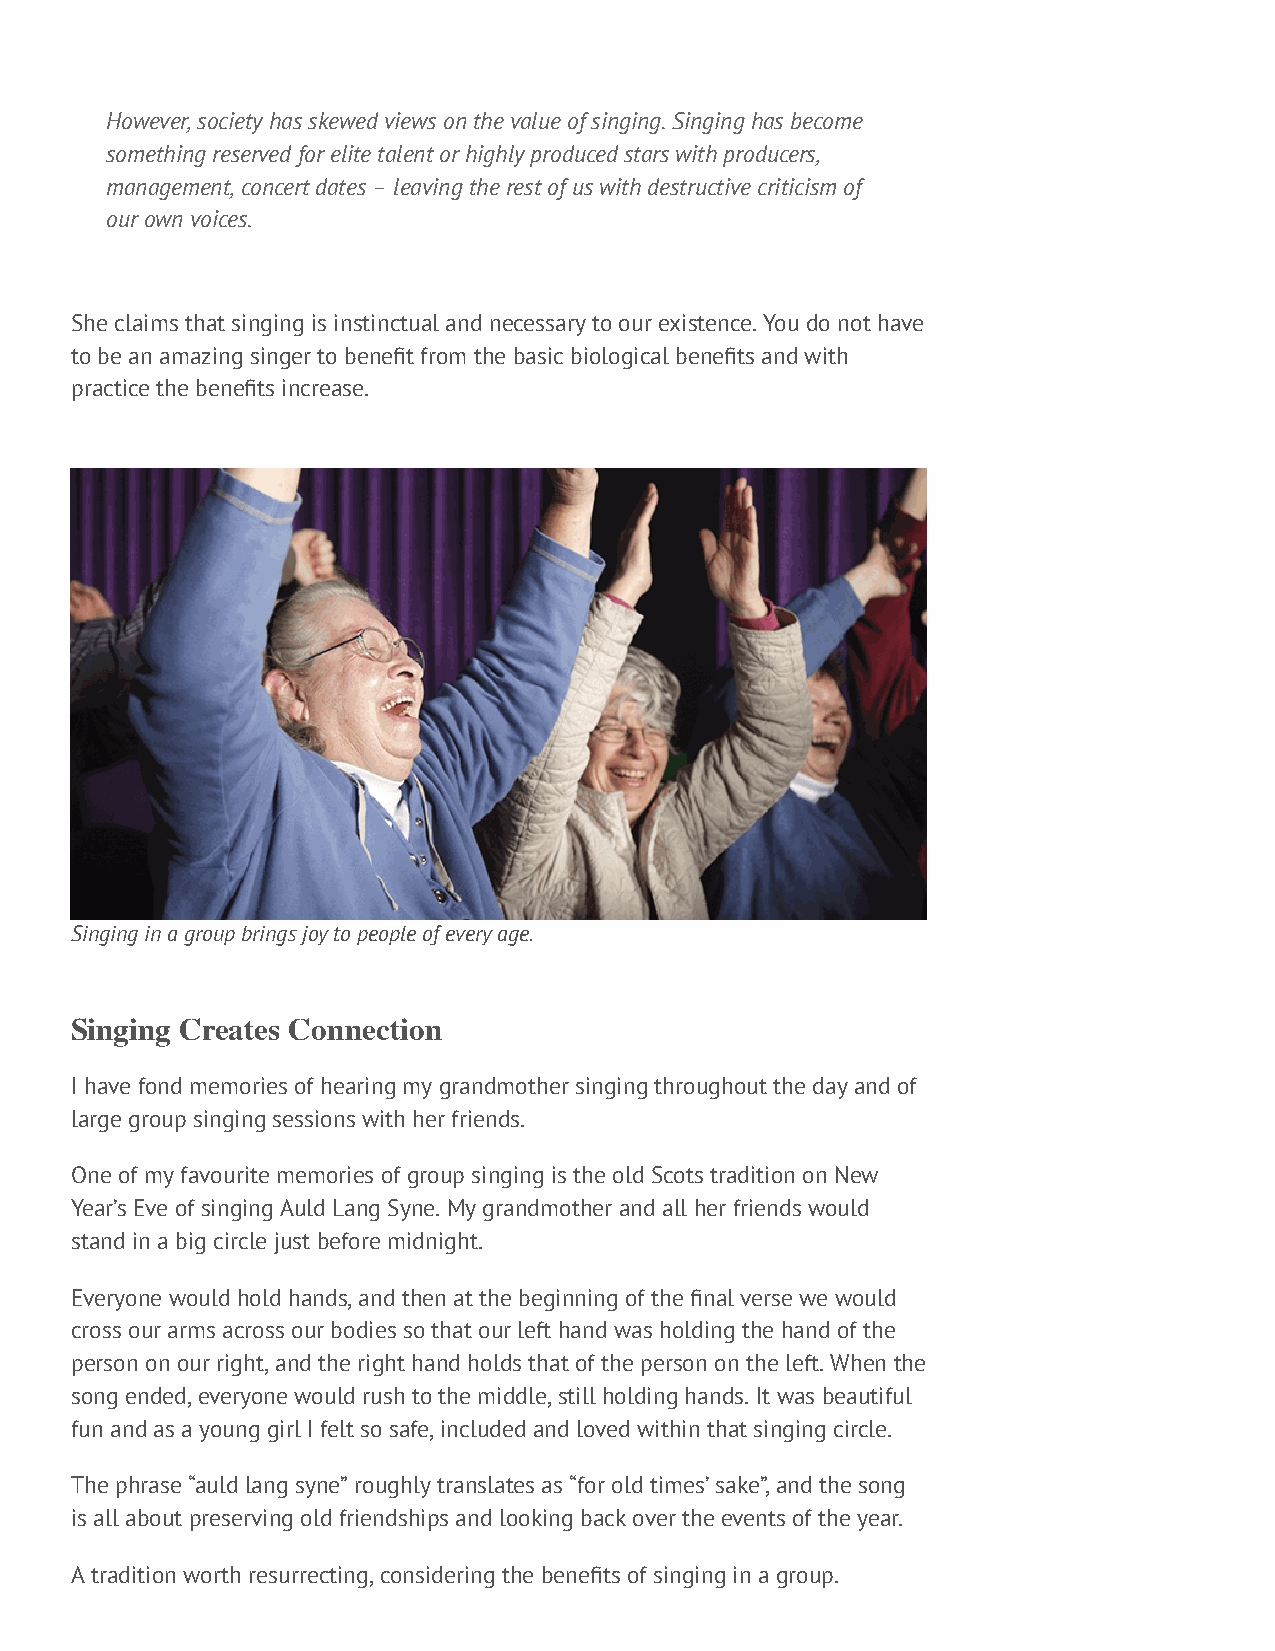
However, society has skewed views on the value of singing. Singing has become
 something reserved for elite talent or highly produced stars with producers,
 management, concert dates – leaving the rest of us with destructive criticism of
 our own voices.
 She claims that singing is instinctual and necessary to our existence. You do not have
 to be an amazing singer to benefit from the basic biological benefits and with
 practice the benefits increase.
 Singing in a group brings joy to people of every age.
 Singing Creates Connection
 I have fond memories of hearing my grandmother singing throughout the day and of
 large group singing sessions with her friends.
 One of my favourite memories of group singing is the old Scots tradition on New
 Year’s Eve of singing Auld Lang Syne. My grandmother and all her friends would
 stand in a big circle just before midnight.
 Everyone would hold hands, and then at the beginning of the final verse we would
 cross our arms across our bodies so that our left hand was holding the hand of the
 person on our right, and the right hand holds that of the person on the left. When the
 song ended, everyone would rush to the middle, still holding hands. It was beautiful
 fun and as a young girl I felt so safe, included and loved within that singing circle.
 The phrase “auld lang syne” roughly translates as “for old times’ sake”, and the song
 is all about preserving old friendships and looking back over the events of the year.
 A tradition worth resurrecting, considering the benefits of singing in a group.